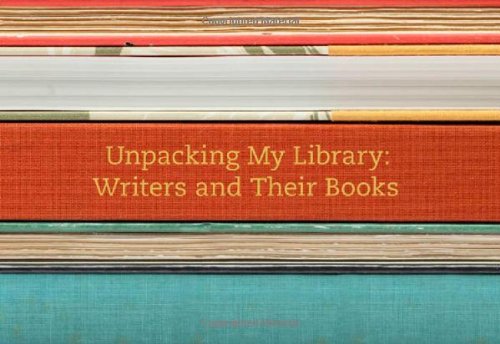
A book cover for Unpacking My Library: Writers and Their Books; Crafts, Hobbies & Home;